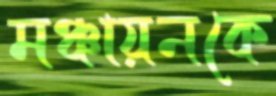
মঞ্চায়নকে